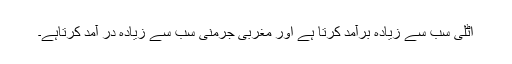
اٹلی سب سے زیادہ برآمد کرتا ہے اور مغربی جرمنی سب سے زیادہ در آمد کرتاہے۔